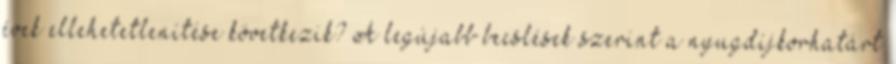
évek ellehetetlenítése következik? A legújabb becslések szerint a nyugdíjkorhatárt